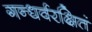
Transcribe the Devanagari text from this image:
गन्धर्वरक्षितं